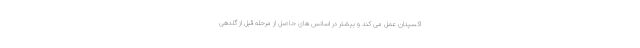
اکسیدان عمل می کند و بیشتر در اسانس های حاصل از مرحله قبل از گلدهی